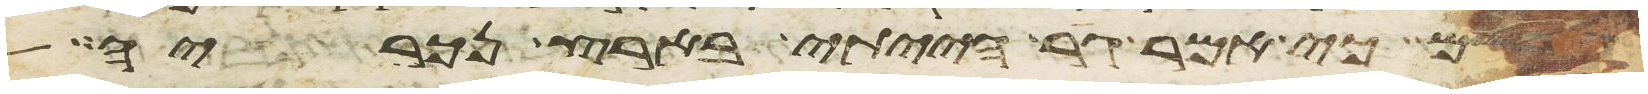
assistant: גרשם כי אמר גר הייתי בארץ נכריה